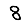
Digit: 8